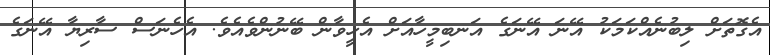
އެގޮތަށް ލިބުނެއްކަމަކު އޭނަ އޭނަގެ އަނބިމީހާއަށް އެހީވާން ބޭނުންވެއެވެ. އެހެނަސް ސާރިޔާ އޭނަގެ